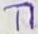
Text: T1